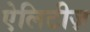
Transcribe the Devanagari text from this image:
ऐलिटीज़